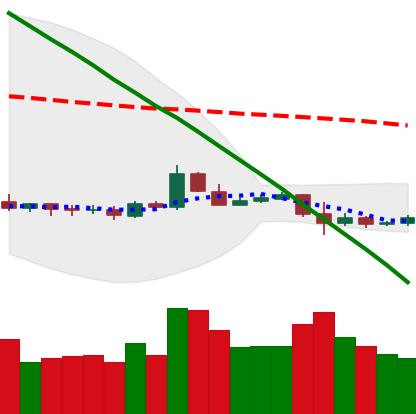
Ticker: ETC-USD
Chart end date: 2019-10-20
Forward return: 5.179%
Label: up_5_7